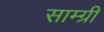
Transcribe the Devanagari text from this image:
साम्ग्री